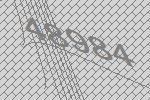
48984